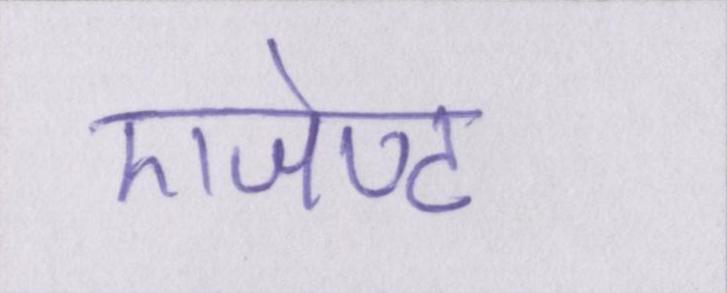
एजेण्ट